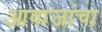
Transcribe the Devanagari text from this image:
आवाजांचा